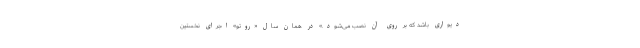
دیواری باشد که بر روی آن نصب می‌شود.» در همان سال «روتو» اجرای نخستین